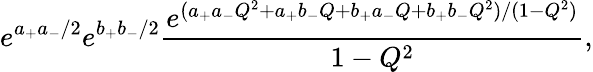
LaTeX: e^{a_{+}a_{-}/2}e^{b_{+}b_{-}/2}\frac{e^{(a_{+}a_{-}Q^{2}+a_{+}b_{-}Q+b_{+}a_{-}Q+b_{+}b_{-}Q^{2})/(1-Q^{2})}}{1-Q^{2}},